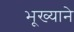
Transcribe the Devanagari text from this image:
भूख्याने